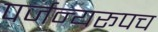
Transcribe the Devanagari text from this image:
पर्जन्यरूपच